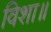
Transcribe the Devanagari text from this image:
विशा॥